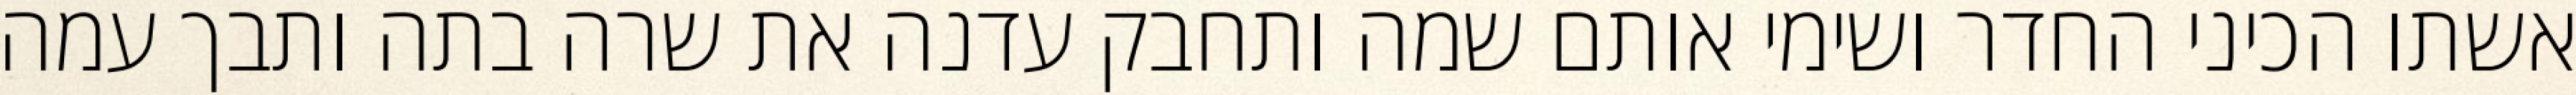
אשתו הכיני החדר ושימי אותם שמה ותחבק עדנה את שרה בתה ותבך עמה